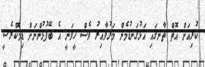
ކުރިއަށް އޮތް ތާނގައި އަޅުގަނޑުމެން މަރުވާއިރު ވެސް ހީވަނީ އެ ބޭފުޅުންނަށް ޑިމޮކްރެސީ